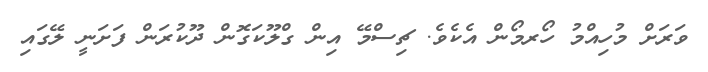
ވަރަށް މުހިއްމު ހޯރމޯން އެކެވެ. ޗިސްމޭ އިން ގްލޫކަގޮން ދޫކުރަން ފަށަނީ ލޭގައި